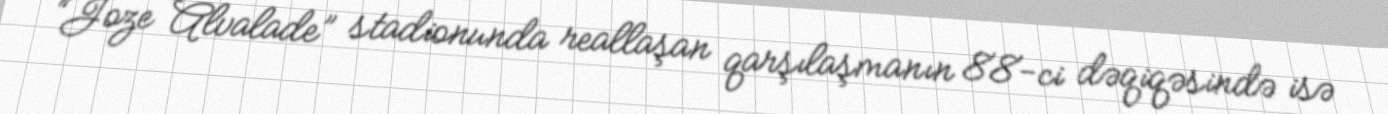
“Joze Alvalade” stadionunda reallaşan qarşılaşmanın 88-ci dəqiqəsində isə